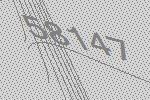
58147